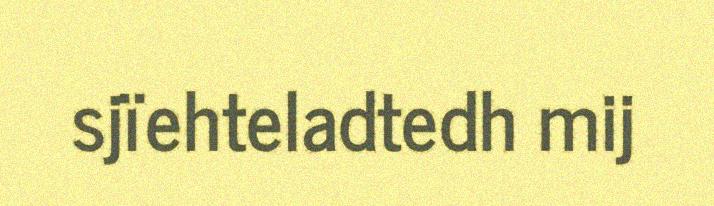
sjïehteladtedh mij